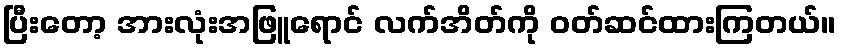
ပြီးတော့ အားလုံးအဖြူရောင် လက်အိတ်ကို ဝတ်ဆင်ထားကြတယ်။